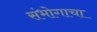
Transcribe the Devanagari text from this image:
संभोगाचा